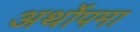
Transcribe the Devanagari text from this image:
अर्थोपमा